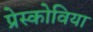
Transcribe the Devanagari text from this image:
प्रेस्कोविया